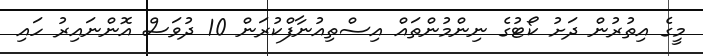
މީގެ އިތުރުން ދަށު ކޯޓުގެ ނިންމުންތައް އިސްތިއުނާފްކުރަން 10 ދުވަސް އޮންނައިރު ހައި